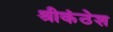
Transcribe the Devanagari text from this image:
श्रीकंठेश